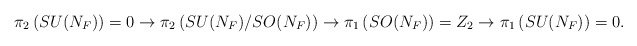
\begin{align*}\pi_2\left( SU({N_F})\right) = 0 \rightarrow \pi_2\left(SU({N_F})/SO({N_F})\right)\rightarrow\pi_1\left( SO({N_F})\right) = Z_2 \rightarrow\pi_1\left( SU({N_F})\right) = 0 .\end{align*}